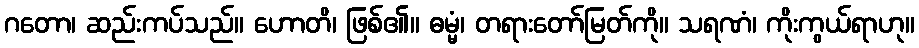
ဂတော၊ ဆည်းကပ်သည်။ ဟောတိ၊ ဖြစ်၏။ ဓမ္မံ၊ တရားတော်မြတ်ကို။ သရဏံ၊ ကိုးကွယ်ရာဟု။